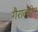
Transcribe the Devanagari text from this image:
गैराल्डीन